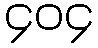
၄၀၄